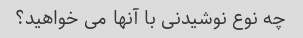
چه نوع نوشیدنی با آنها می خواهید؟